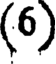
(6)